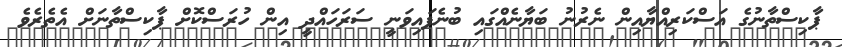
ޕާކިސްތާނުގެ އަސްކަރިއްޔާއިން ނެރުނު ބަޔާނެއްގައި ބުނެފައިވަނީ ސަރަހައްދީ އިން ހުރަސްކޮށް ޕާކިސްތާނަށް އެތެރެވެ